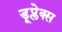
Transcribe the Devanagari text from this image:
डूप्लेक्स